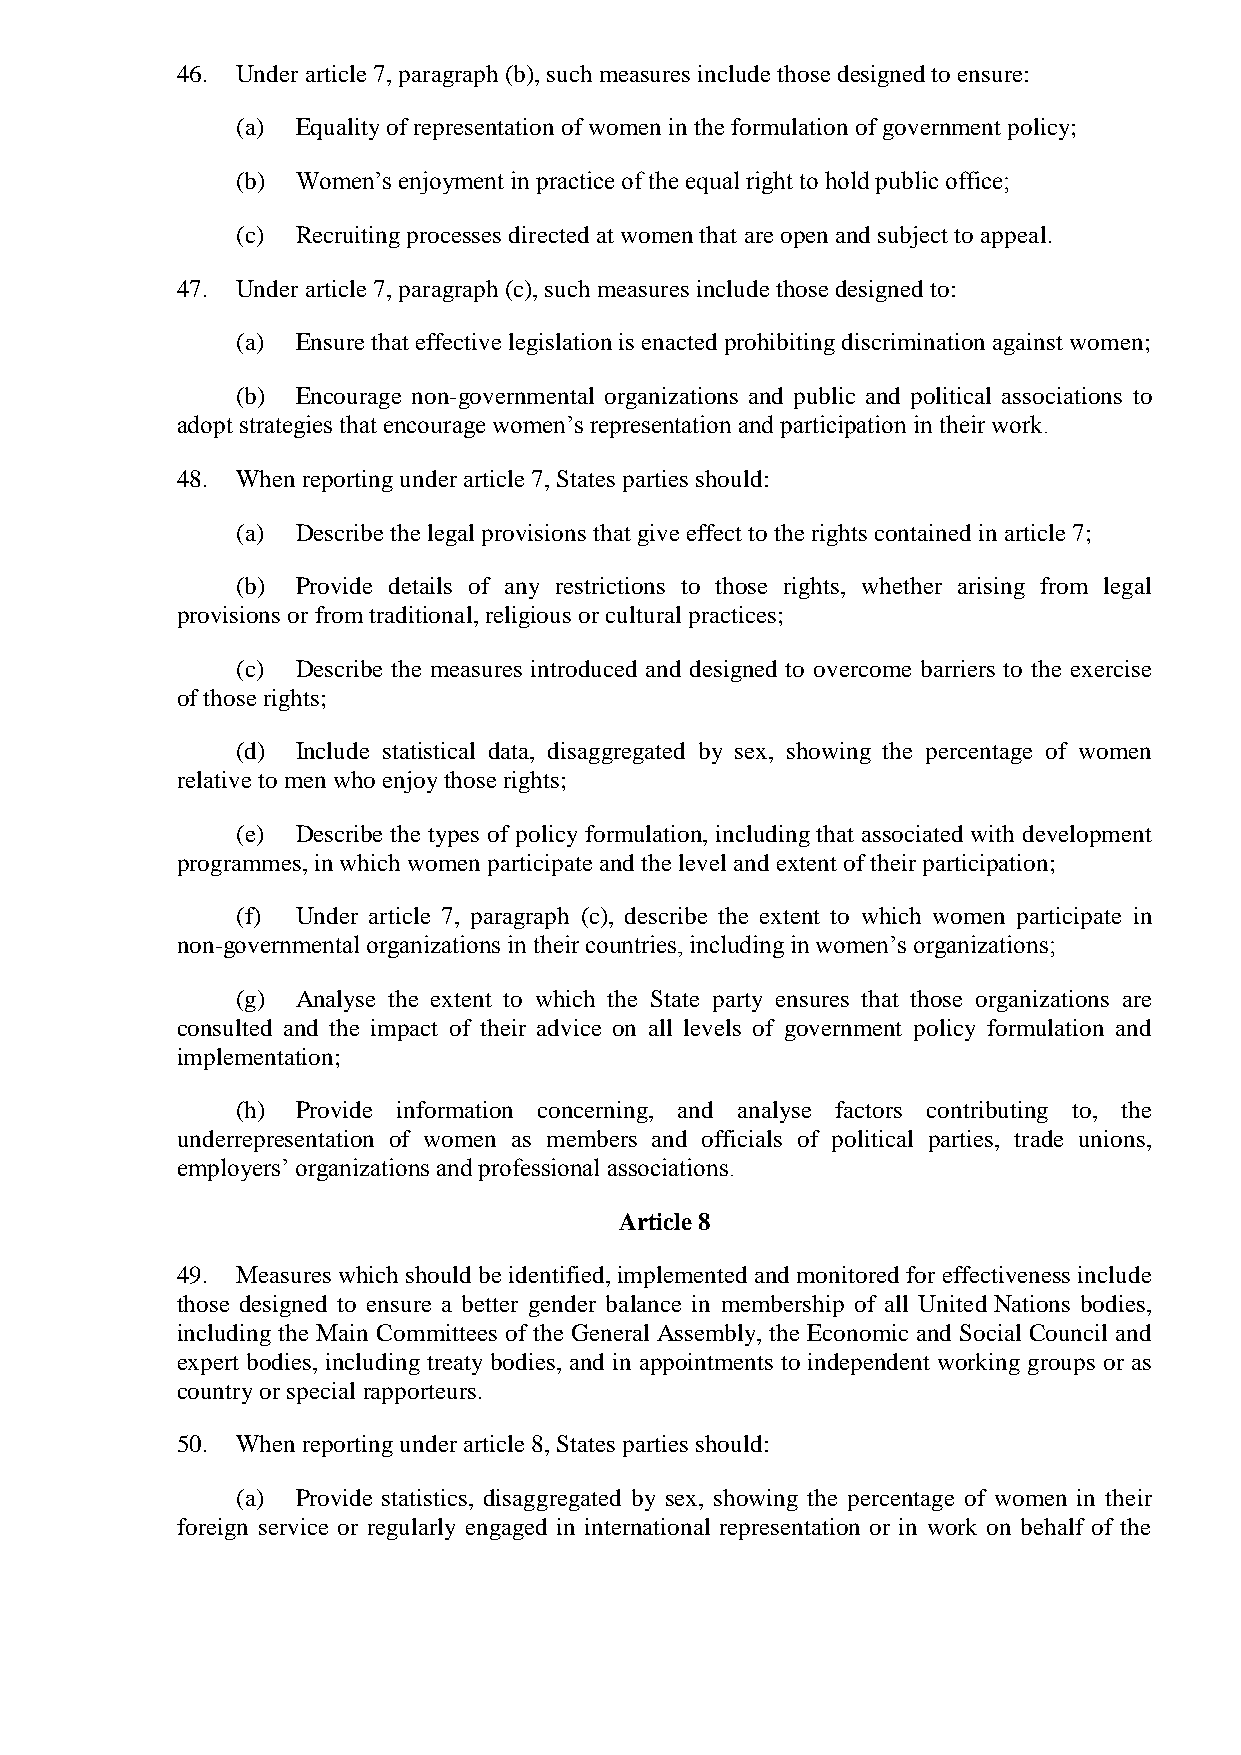
46. Under article 7, paragraph (b), such measures include those designed to ensure:
 (a) Equality of representation of women in the formulation of government policy;
 (b) Women’s enjoyment in practice of the equal right to hold public office;
 (c) Recruiting processes directed at women that are open and subject to appeal.
 47. Under article 7, paragraph (c), such measures include those designed to:
 (a) Ensure that effective legislation is enacted prohibiting discrimination against women;
 (b) Encourage non-governmental organizations and public and political associations to
 adopt strategies that encourage women’s representation and participation in their work.
 48. When reporting under article 7, States parties should:
 (a) Describe the legal provisions that give effect to the rights contained in article 7;
 (b) Provide details of any restrictions to those rights, whether arising from legal
 provisions or from traditional, religious or cultural practices;
 (c) Describe the measures introduced and designed to overcome barriers to the exercise
 of those rights;
 (d) Include statistical data, disaggregated by sex, showing the percentage of women
 relative to men who enjoy those rights;
 (e) Describe the types of policy formulation, including that associated with development
 programmes, in which women participate and the level and extent of their participation;
 (f) Under article 7, paragraph (c), describe the extent to which women participate in
 non-governmental organizations in their countries, including in women’s organizations;
 (g) Analyse the extent to which the State party ensures that those organizations are
 consulted and the impact of their advice on all levels of government policy formulation and
 implementation;
 (h) Provide information concerning, and analyse factors contributing to, the
 underrepresentation of women as members and officials of political parties, trade unions,
 employers’ organizations and professional associations.
 Article 8
 49. Measures which should be identified, implemented and monitored for effectiveness include
 those designed to ensure a better gender balance in membership of all United Nations bodies,
 including the Main Committees of the General Assembly, the Economic and Social Council and
 expert bodies, including treaty bodies, and in appointments to independent working groups or as
 country or special rapporteurs.
 50. When reporting under article 8, States parties should:
 (a) Provide statistics, disaggregated by sex, showing the percentage of women in their
 foreign service or regularly engaged in international representation or in work on behalf of the